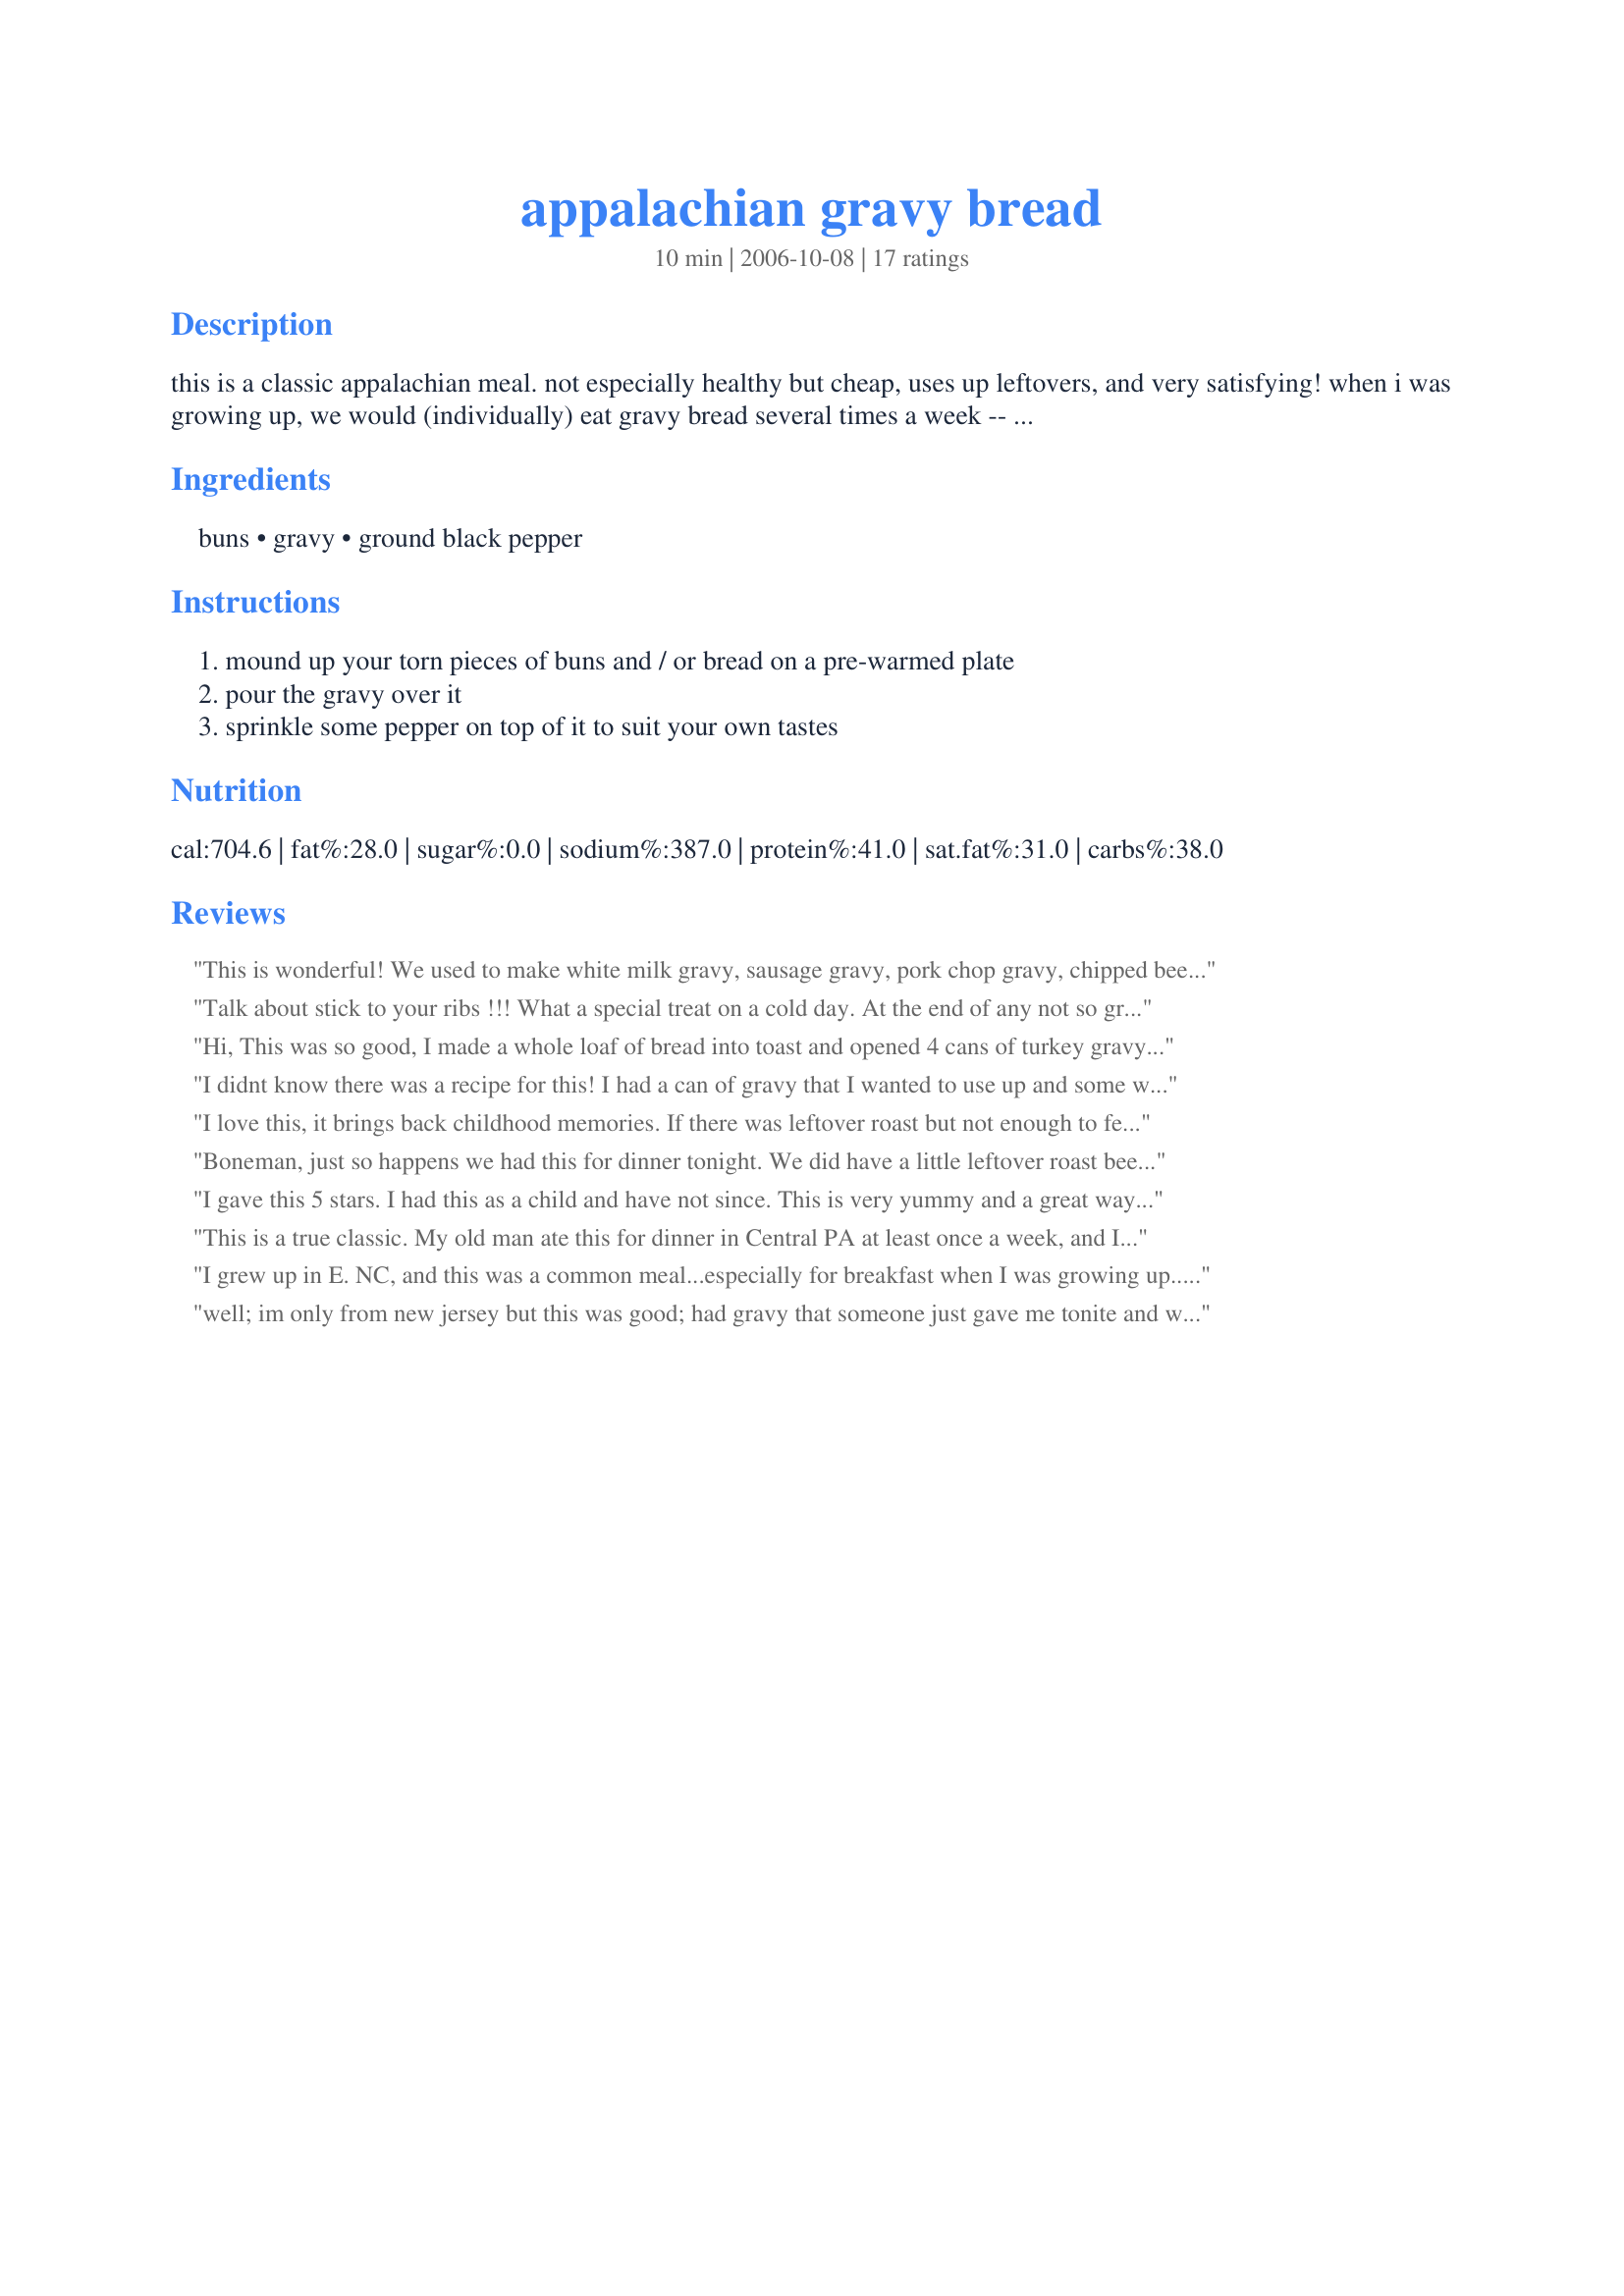
appalachian gravy bread
Preparation time: 10 minutes

this is a classic appalachian meal. not especially healthy but cheap, uses up leftovers, and very satisfying! when i was growing up, we would (individually) eat gravy bread several times a week -- as a result, we never had any leftover gravy to feed to the dogs. it was also the reason that we never had any bread heels that went to waste. if you've never tried this, then i'd say that you're in for a special treat, especially if you're a "meat and potatoes" type of person. enjoy! big pat.

Ingredients:
buns, gravy, ground black pepper

Steps:
mound up your torn pieces of buns and / or bread on a pre-warmed plate, pour the gravy over it, sprinkle some pepper on top of it to suit your own tastes

Reviews:
This is wonderful! We used to make white milk gravy, sausage gravy, pork chop gravy, chipped beef gravy, etc. and eat it over salt rising bread. I remember the old timers using plenty of black pepper. This meal was one that was used to feed those families who had many children because it was cheap and stuck to their ribs. Thanks for posting and reminding!
Talk about stick to your ribs !!! What a special treat on a cold day. At the end of any not so great day this will fix everything !! I store my gravy flat in a zip lock bag with the air squished out - then once it is frozen flat, it is easy to take out and cut off just the amount you need and pop the rest back in the freezer.
Hi, This was so good, I made a whole loaf of bread into toast and opened 4 cans of turkey gravy. Heated the gravy in the microwave. It was so fast. My family couldnt get enough of this and so I thank you for the great simple inexpensive idea..I ate this as a child but had forgotten so it also brought great memories to me. Thanks for posting it..
I didnt know there was a recipe for this! I had a can of gravy that I wanted to use up and some white bread...Very tasty and my 4 yr old liked it as well! I had done this before with some leftover swedish meatball gravy when I ran out of pasta. To die for!
I love this, it brings back childhood memories. If there was leftover roast but not enough to feed all of us, Mom would chop it up and toss it into the gravy. As kids we thought we were at a great feast...while mom was just being frugal.
Boneman, just so happens we had this for dinner tonight. We did have a little leftover roast beef scraps in the gravy but that didn't hurt it at all! We ALWAYS butter the bread. And the bread was homemade, but leftover and a little dry, That's OK, just a good excuse for more gravy! Gonna try the cracker thing for sure. And maybe try toasting the bread, never done that. That should also require more gravy! And heating the plate is a must for me; "HE" isn't quite as fussy. He requests this often. It was a dish his Pennsylvania Dutch Mom made. We had it with scalloped tomatoes tonight. Not that it needed anything else! Hey, HE's been known to use a little ketchup on it at times. As he says, never throw gravy out. Thanks for introducing this to the poor souls who were not fortunate enough to have this as children . . . Janet
I gave this 5 stars. I had this as a child and have not since. This is very yummy and a great way to use up bread and gravy. Thanks for posting a great recipe. Christine (internetnut)
This is a true classic. My old man ate this for dinner in Central PA at least once a week, and I'm eating it as we speak. We call it "down-home" or "comfort food", now, but this is a food that the poor ate due to necessity -- it just happens to be delicious. Good stuff.
I grew up in E. NC, and this was a common meal...especially for breakfast when I was growing up...we called it tobacco road eating. I now live in the Appalacians of W. NC, and myself and many "natives" still do, I'm sure. I will often even purposly make sausage white gravy just to satisfy a comfort food craving. Calling it a "comfort food" is really and injustice. It's just downright GOOD!....especially over leftover homemade biscuits.
well; im only from new jersey but this was good; had gravy that someone just gave me tonite and wasnt sure what to do with just gravy, so warmed some bread and put on a dash of pepper and it was, indeed, very good. thanks.
I haven't had this since I was a child. So good!The bread heels are the best! Thanks for the memories.
Beautiful recipe. We do this too, especially when the meat is gone but you're still hungry. Almost always end a meat and gravy meal with bread. It's really just a vehicle for the gravy, because we must remember that gravy is not a beverage.
Crackers Bone man. You forgot the crackers. Buns, bread or saltines.

We called em Gravy Bites.
Thank you Bone Man, you sure did dredge up a lot of childhood memories with your posting. I have to admit that I scarf this little taste of Heaven myself to this day whenever I am home alone and craving a snack or meal :-)<br/> May I contribute a little twist to your 'original' comfort food recipe, of my own: First heat up your empty plate so it is hot, not cold Then butter the bread with real butter please. Keep the bread slices whole. After you pour on the piping hot gravy, sprinkle heavily with freshly ground black pepper. Dig in with a knife and fork. Yummmmmm.......
My grandmother (Ohio) did something similar but we just called it open face sandwiches and toasted the bread first for a little extra texture.
This brings back memories of my childhood and I still eat it in the winter for a snack. My son loved it and so do his children now.
Your recipe made me smile. I grew up eating this very thing in Oklahoma but hadn't even thought of it in years. Can't wait to have some leftover gravy so I can induldge. This simple little meal and leftover cornbread crumbled in a bowl of milk were two of my favorite things to eat when I was a kid. Sometimes you just can't beat the simple things! Thanks for bringing back the memories.
